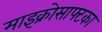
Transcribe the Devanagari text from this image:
माइक्रोसाफ्टका